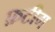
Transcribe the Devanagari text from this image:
फ़टीग